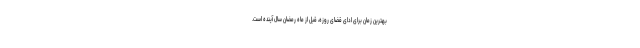
بهترین زمان برای ادای قضای روزه، قبل از ماه رمضان سال آینده است.